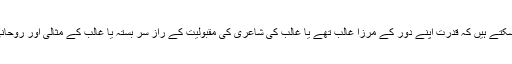
یعنی ہم کہہ سکتے ہیں کہ قدرت اپنے دور کے مرزا غالب تھے یا غالب کی شاعری کی مقبولیت کے راز سر بستہ یا غالب کے مثالی اور روحانی استاذ تھے۔